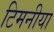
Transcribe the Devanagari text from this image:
टिमनीया